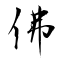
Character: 佛